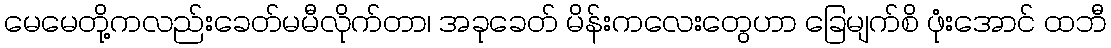
မေမေတို့ကလည်းခေတ်မမီလိုက်တာ၊ အခုခေတ် မိန်းကလေးတွေဟာ ခြေမျက်စိ ဖုံးအောင် ထဘီ